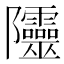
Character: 𨽲